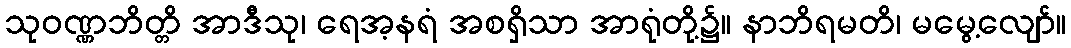
သုဝဏ္ဏဘိတ္တိ အာဒီသု၊ ရေအ့နရံ အစရှိသာ အာရုံတို့၌။ နာဘိရမတိ၊ မမွေ့လျော်။